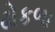
ઢોકળા